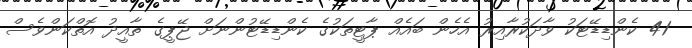
41 ކެންޑިޑޭޓަކު ވާދަކުރާއިރު އެހެން ބައެއް ޕާޓީތަކުގެ ކެންޑިޑޭޓުންނަށް ޖޭޕީގެ ތާއީދު އޮތްކަންވެސް